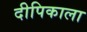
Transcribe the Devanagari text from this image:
दीपिकाला